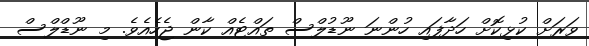
ވަރަށް ކުޅިކޮށް ހަދާފައި ހުންނަ ނޫޑުލްސް ތައްޓެއް ކާން ޖެހެއެވެ. މި ނޫޑްލްސް